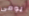
يومى